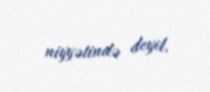
niyyətində deyil.